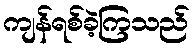
ကျန်ရစ်ခဲ့ကြသည်